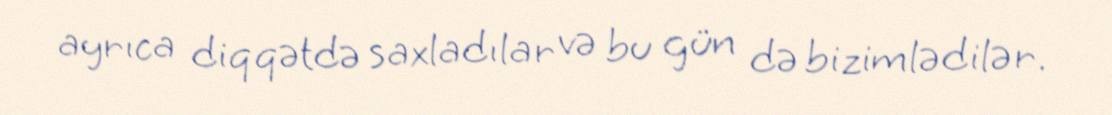
ayrıca diqqətdə saxladılar və bu gün də bizimlədilər.